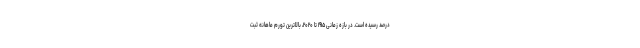
درصد رسیده است. در بازه زمانی ۱۹۱۵ تا ۲۰۲۰، بالاترین تورم ماهانه ثبت